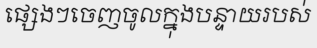
ផ្សេងៗចេញចូលក្នុងបន្ទាយរបស់